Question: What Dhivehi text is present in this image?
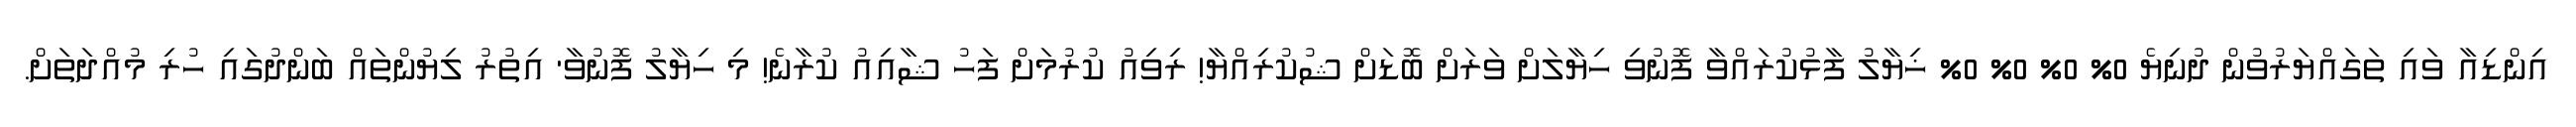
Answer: އިންޑިއާ ވައި ތަގައްޔަރުވުން ދުނިޔެ 0% 0% 0% 0% ޚިޔާލު ފާޅުކުރައްވާ ފޮނުވި ހިޔާލަށް ވަރަށް ބޮޑަށް ޝުކުރިއްޔާ! ރިވިއު ކުރުމަށް ފަހު ޝާއިއު ކުރާނެ! މި ހިޔާލު ފޮނުވާ' އިތުރު ލިޔުންތައް ބަންދުގައި ހުރި މުއްދަތަށް.